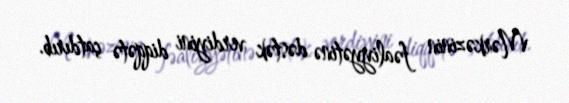
Mərkəzinin fəaliyyətinə dəstək verdiyini diqqətə çatdırıb.